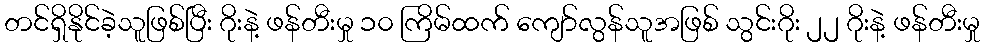
တင်ရှိနိုင်ခဲ့သူဖြစ်ပြီး ဂိုးနဲ့ ဖန်တီးမှု ၁၀ ကြိမ်ထက် ကျော်လွန်သူအဖြစ် သွင်းဂိုး ၂၂ ဂိုးနဲ့ ဖန်တီးမှု